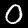
Label: 0